Leningradi_Edasi_toimetus, lk 31
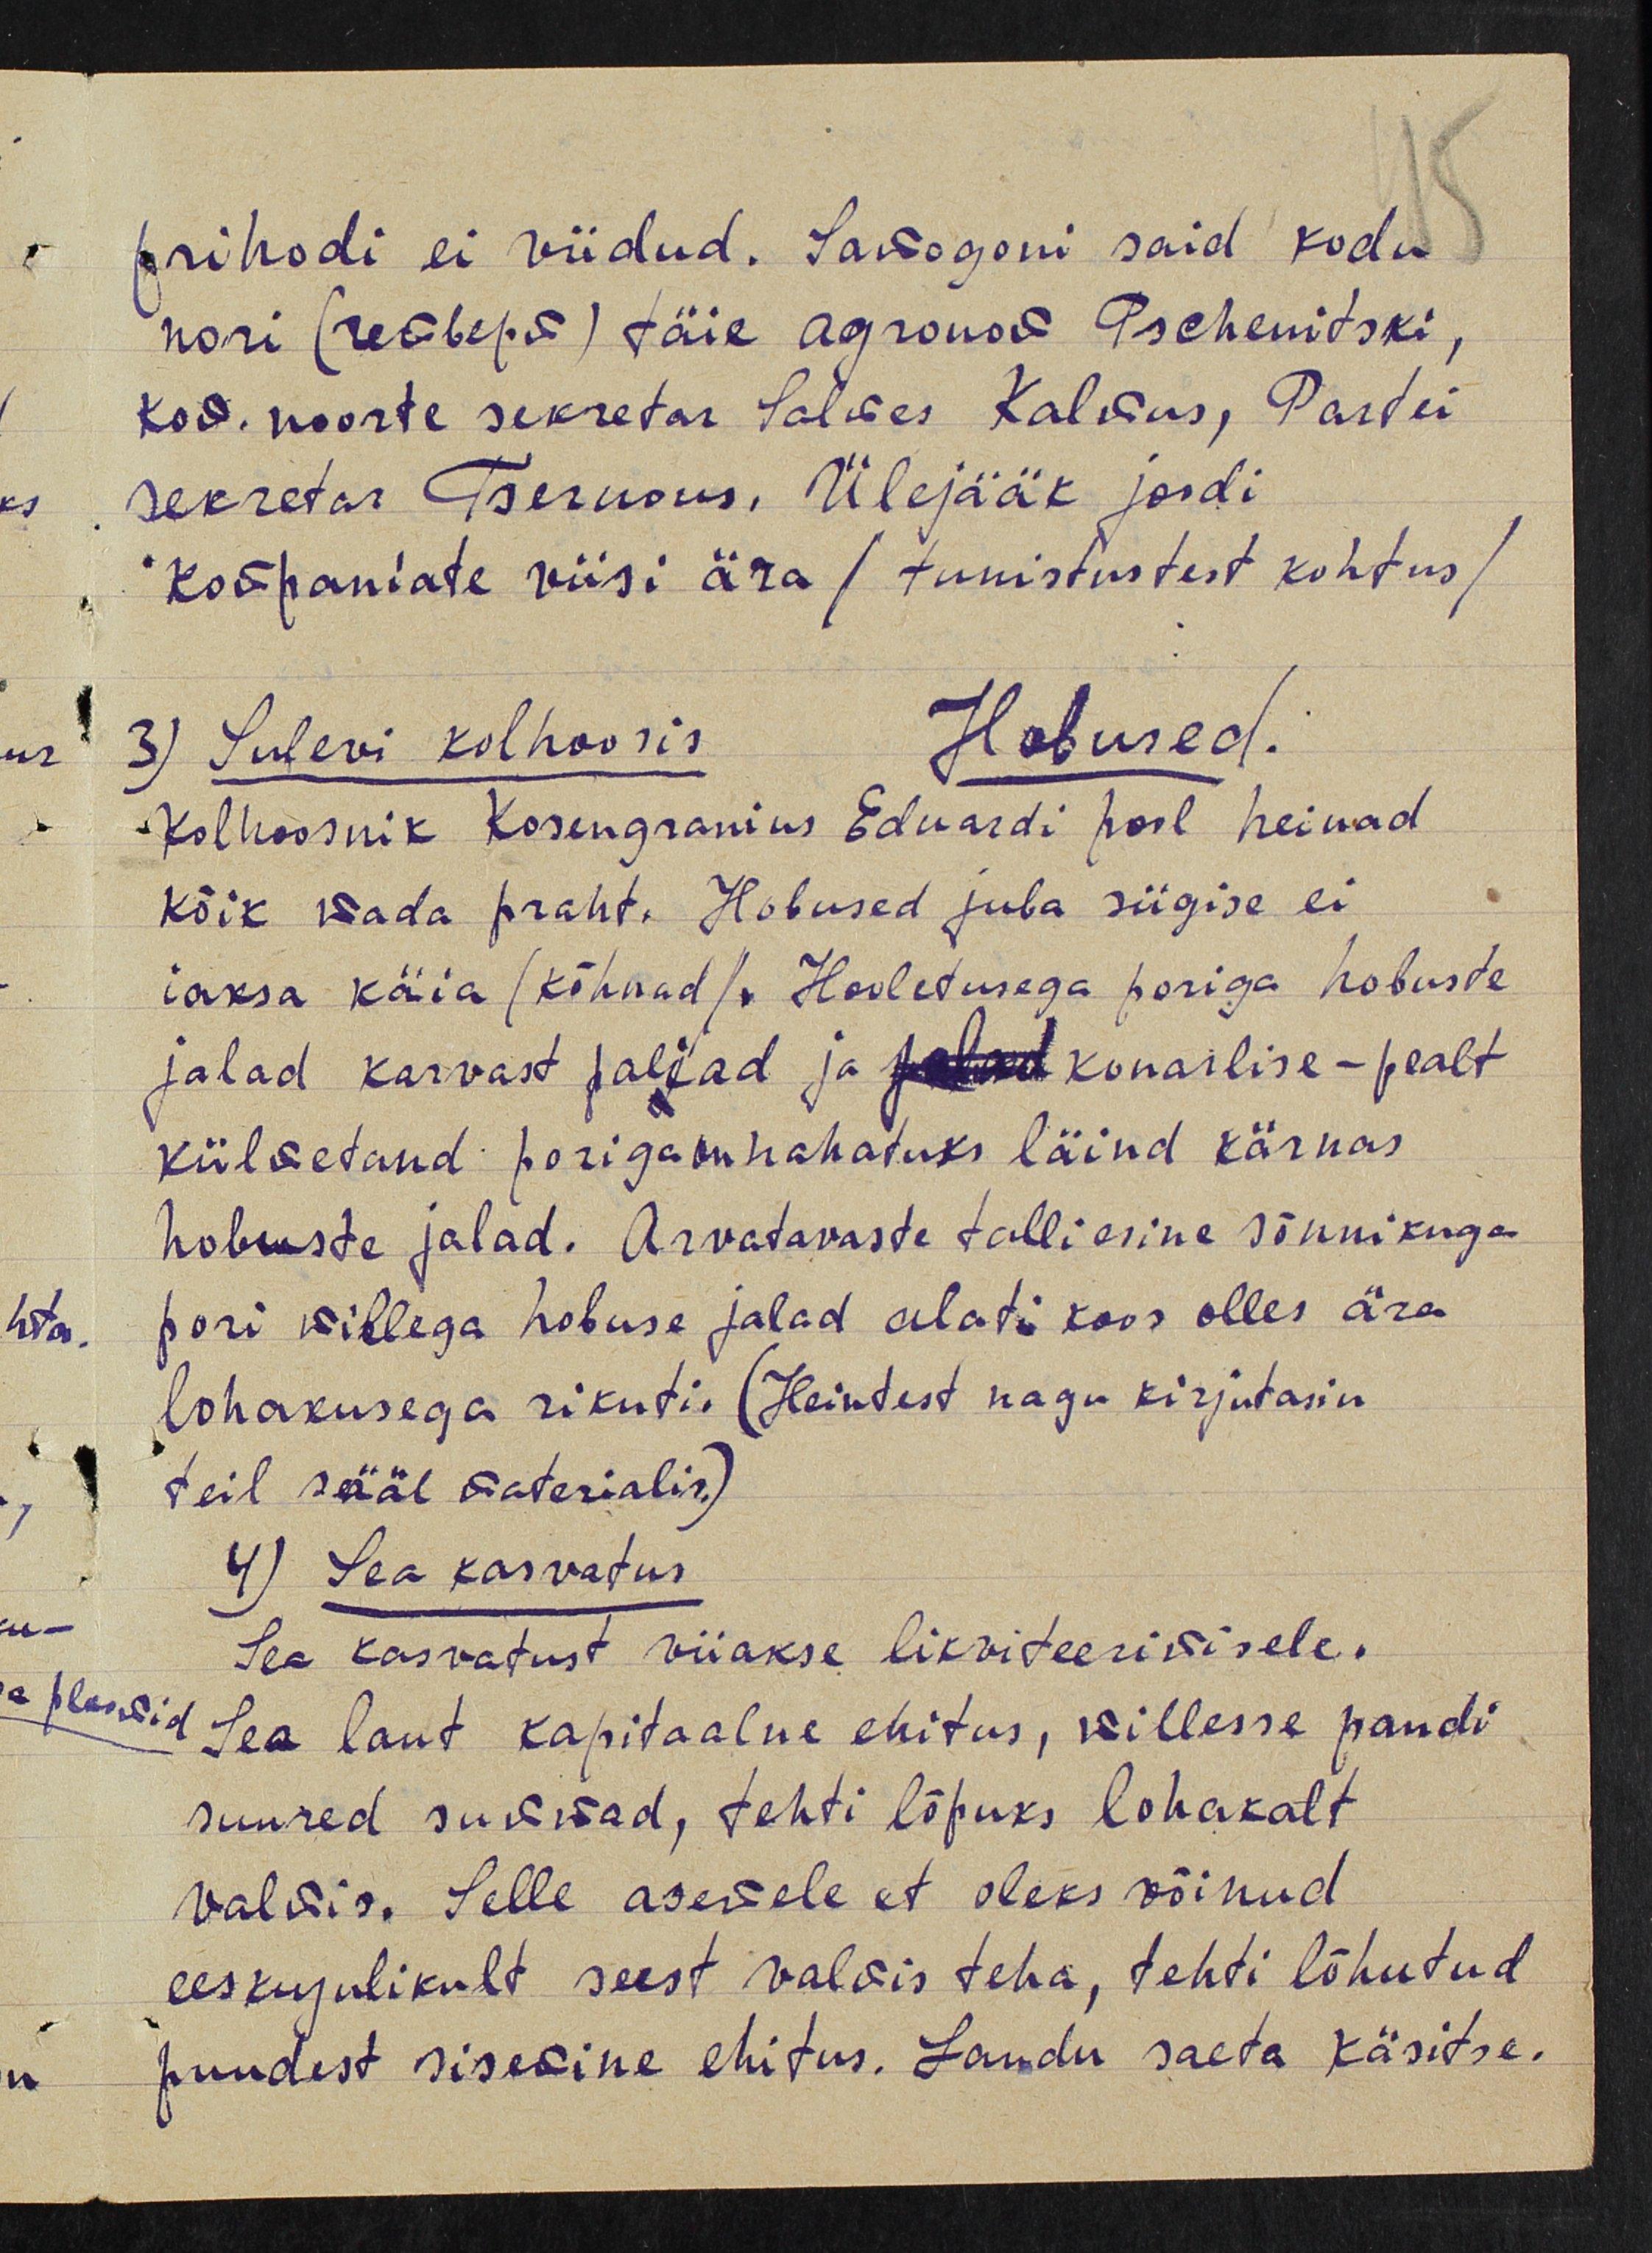
prihodi ei viidud. Samogoni said kodu
nori (Исоверя) täie agronom Pschemitski,
kom. noorte sekretar Salves Kalmus, Partei
sekretar Tšernous. Ülejääk joodi
kompaniate viisi ära / tunistustest kohtus/
3) Sulevi kolhoosis Hobused
Kolhoosnik Kosengramius Eduardi pool heinad
kõik mada praht. Hobused juba riigise ei
iaksa käia (kõhnad). Hooletusega poriga hobuste
jalad karvast paljad ja jalad konarlise - pealt
külmetand porigaanahatuks läind kärvas
hobuste jalad. Arvatavaste talli esine sõnnikuga
pori millega hobuse jalad alati koos olles ära
lohakusega rikuti. (Heintest nagu kirjutasin
teil sääl materialis.)
4) Sea kasvatus
Sea kasvatust viiakse likvideerimisele.
ploomid sea laut kapitaalne ehitus, millesse pandi
suured summad, tehti lõpuks lohakalt
valmis. Selle asemele et oleks võinud
eeskujulikult seest valmis teha, tehti lõhutud
puudest sisemine ehitus. Laudu saeta käsitse.